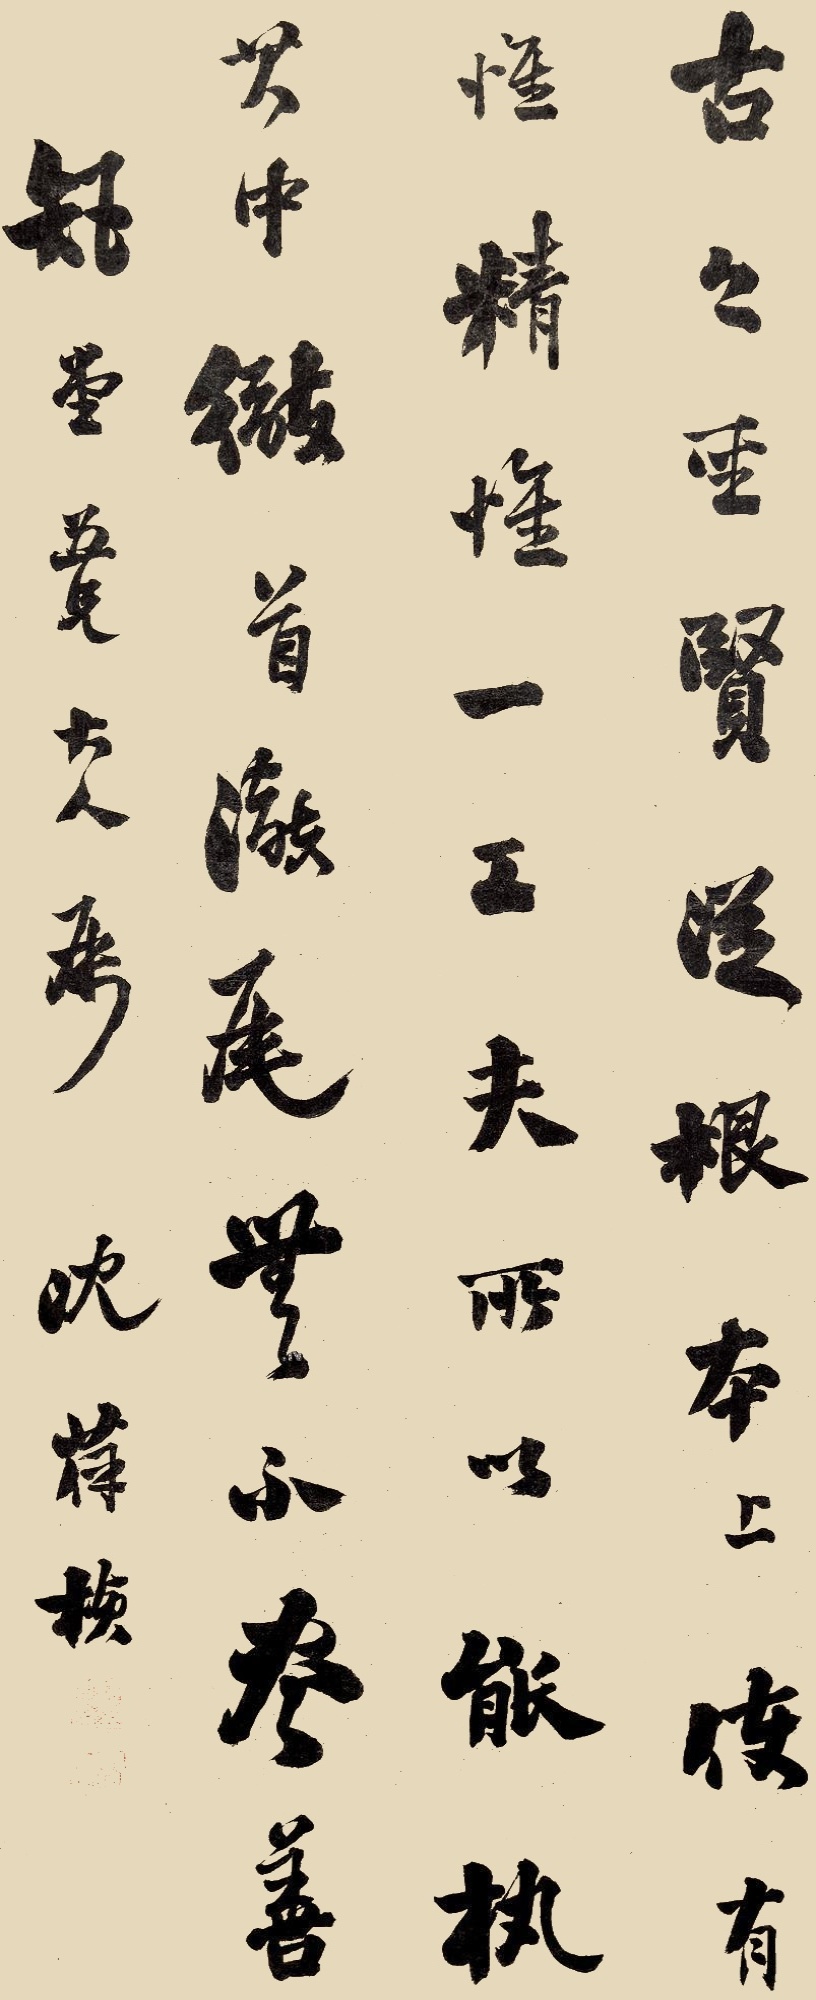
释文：古之圣贤从根本上便有惟精惟一功夫，所以能执其中，彻首彻尾无不尽善。矩堂吾兄大人属，沈葆桢。